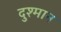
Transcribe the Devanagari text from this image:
दुश्मान